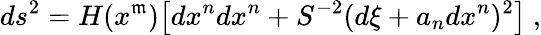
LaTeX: ds^{2}=H(x^{\mathfrak{m}})\bigl[dx^{n}dx^{n}+S^{-2}(d\xi+a_{n}dx^{n})^{2}\bigr]\ ,